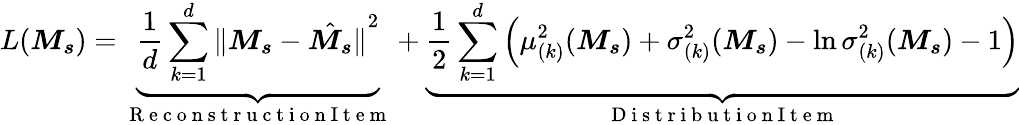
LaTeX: L(\boldsymbol{M_{s}})=\underbrace{\frac{1}{d}\sum_{k=1}^{d}{\| \boldsymbol{M_{s}}-\hat{\boldsymbol{M_{s}}}\| }^{2}}_{\mathrm{~R~e~c~o~n~s~t~r~u~c~t~i~o~n~I~t~e~m~}}+\underbrace{\frac{1}{2}\sum_{k=1}^{d}\left(\mu_{(k)}^{2}(\boldsymbol{M_{s}})+\sigma_{(k)}^{2}(\boldsymbol{M_{s}})-\ln\sigma_{(k)}^{2}(\boldsymbol{M_{s}})-1\right)}_{\mathrm{~D~i~s~t~r~i~b~u~t~i~o~n~I~t~e~m~}}